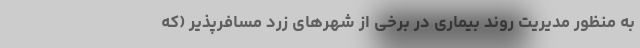
به­ منظور مدیریت روند بیماری در برخی از شهرهای زرد مسافرپذیر (که